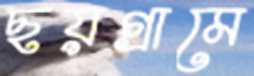
ছয়গ্রামে